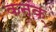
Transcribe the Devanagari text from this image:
कनक्